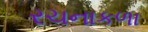
રચનાકળા